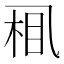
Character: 𱎈